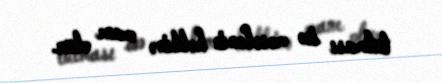
tutması isə məsələnin həllinə mane olur.